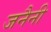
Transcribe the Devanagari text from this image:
जनैनी